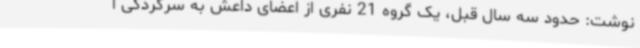
نوشت: حدود سه سال قبل، یک گروه 21 نفری از اعضای داعش به سرکردگی ا